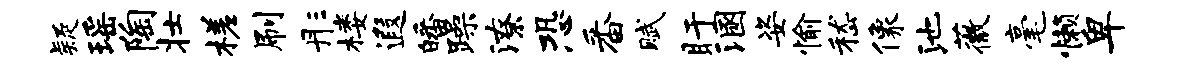
疑瑶陶壮槎刷彤楼遐皤躁潦恐番赋盱溷姿愉嵇像池薇毫懒卑